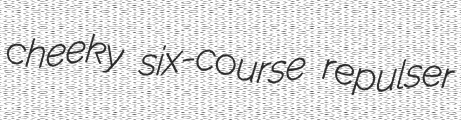
cheeky six-course repulser